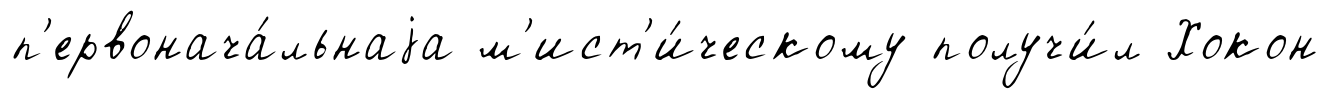
п'ервонача́льнаjа м'ист'и́ческому получи́л Хокон